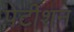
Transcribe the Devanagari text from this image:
पेटीशन